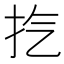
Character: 㧉